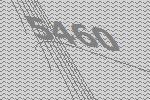
5460